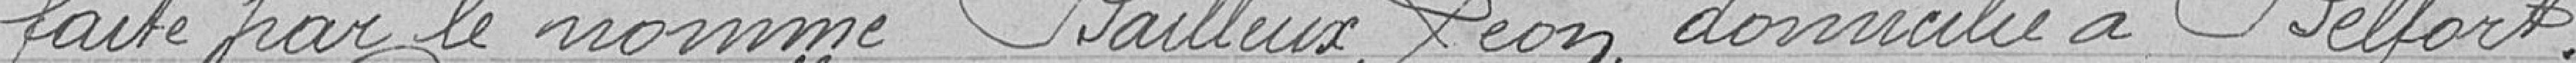
faite par le nommé Bailleux Léon domicilié à Belfort.